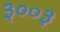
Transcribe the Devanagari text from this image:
३००३